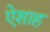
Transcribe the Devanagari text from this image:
ऐशाह